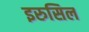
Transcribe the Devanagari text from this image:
इरुसिल